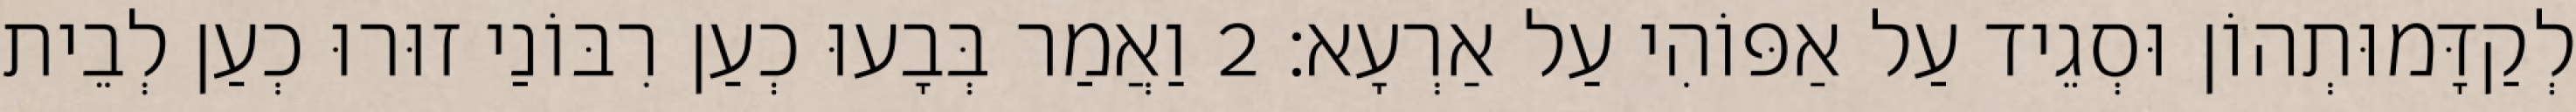
לְקַדָּמוּתְהוֹן וּסְגֵיד עַל אַפּוֹהִי עַל אַרְעָא׃ 2 וַאֲמַר בְּבָעוּ כְעַן רִבּוֹנַי זוּרוּ כְעַן לְבֵית